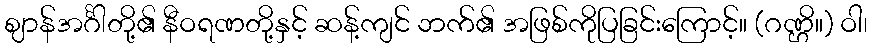
ဈာန်အင်္ဂါတို့၏ နီဝရဏတို့နှင့် ဆန့်ကျင် ဘက်၏ အဖြစ်ကိုပြခြင်းကြောင့်။ (ဂဏ္ဌိ။) ဝါ၊